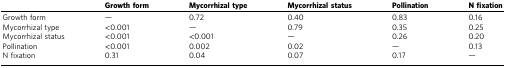
<table><thead><tr><td></td><td><b>Growth form</b></td><td><b>Mycorrhizal type</b></td><td><b>Mycorrhizal status</b></td><td><b>Pollination</b></td><td><b>N fixation</b></td></tr></thead><tbody><tr><td>Growth form</td><td>—</td><td>0.72</td><td>0.40</td><td>0.83</td><td>0.16</td></tr><tr><td>Mycorrhizal type</td><td>&lt;0.001</td><td>—</td><td>0.79</td><td>0.35</td><td>0.25</td></tr><tr><td>Mycorrhizal status</td><td>&lt;0.001</td><td>&lt;0.001</td><td>—</td><td>0.26</td><td>0.20</td></tr><tr><td>Pollination</td><td>&lt;0.001</td><td>0.002</td><td>0.02</td><td>—</td><td>0.13</td></tr><tr><td>N fixation</td><td>0.31</td><td>0.04</td><td>0.07</td><td>0.17</td><td>—</td></tr></tbody></table>